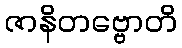
ဇာနိတဗ္ဗောတိ